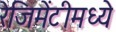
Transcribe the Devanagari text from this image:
रेजिमेंटीमध्ये